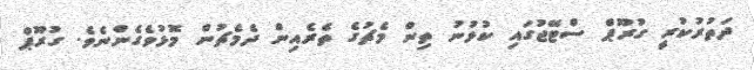
ދަތުރުކުރީ ގުރޫޕް ސްޓޭޖުގައި ކުޅުނު ތިން މެޗުގެ ތެރެއިން ދެމެޗުން މޮޅުވެގެންނެވެ. ގުރޫޕް